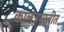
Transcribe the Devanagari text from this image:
कालत्रयातीत